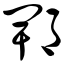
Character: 郫